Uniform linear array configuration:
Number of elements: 32
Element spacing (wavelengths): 0.75
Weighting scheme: exponential
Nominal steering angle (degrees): -30
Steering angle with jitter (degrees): -31.177
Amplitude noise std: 0.05
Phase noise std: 0.05

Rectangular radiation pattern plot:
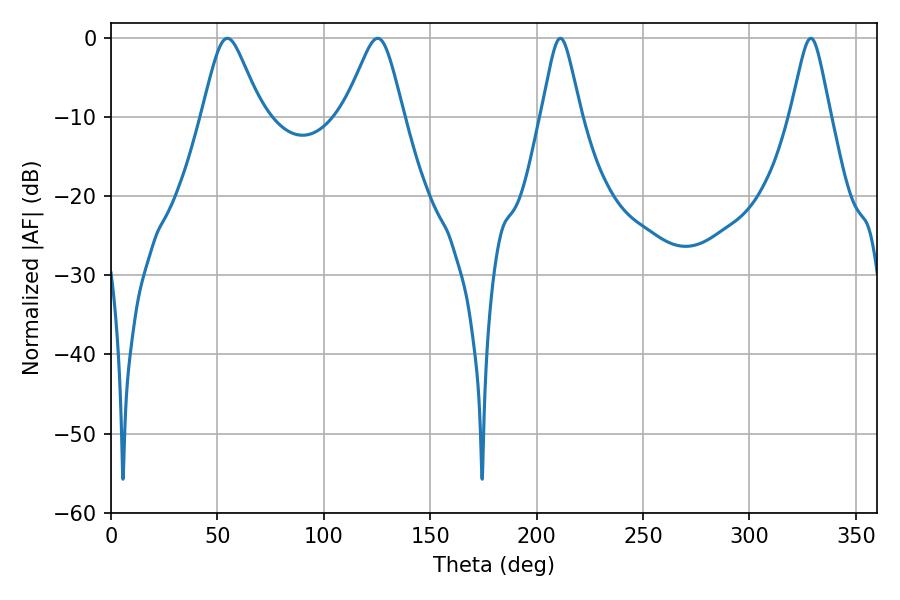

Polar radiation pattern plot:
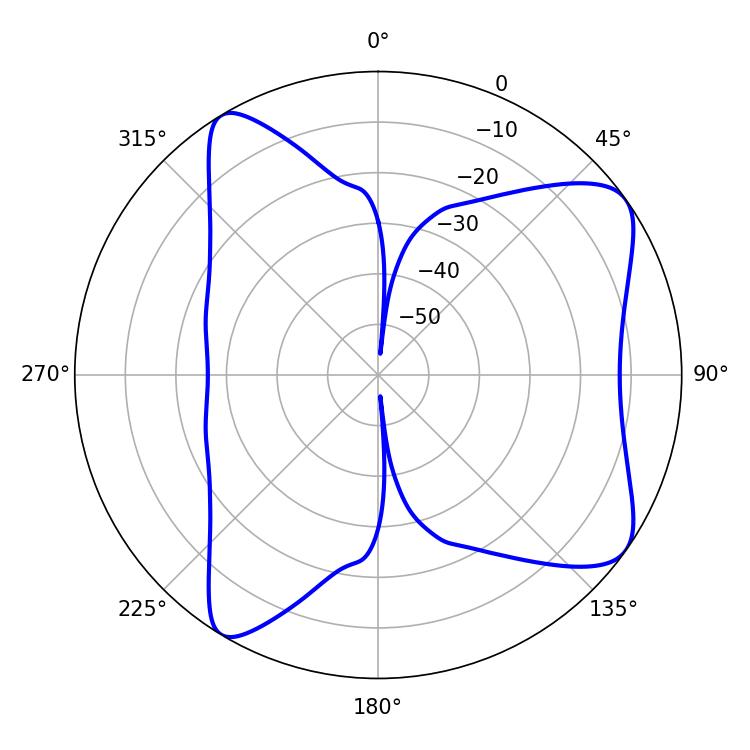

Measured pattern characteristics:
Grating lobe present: TRUE
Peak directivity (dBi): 8.29
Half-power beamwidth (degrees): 8.82
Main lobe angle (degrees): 211.14